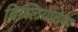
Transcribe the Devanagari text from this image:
बिब्लियोतेका